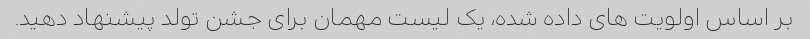
بر اساس اولویت های داده شده، یک لیست مهمان برای جشن تولد پیشنهاد دهید.